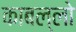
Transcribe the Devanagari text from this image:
काबल्लो